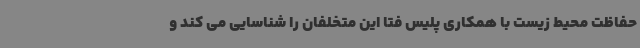
حفاظت محیط زیست با همکاری پلیس فتا این متخلفان را شناسایی می کند و